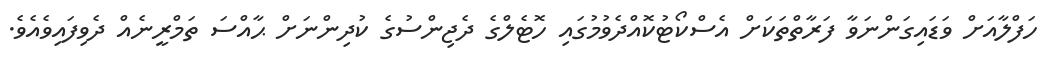
ހަފްލާއަށް ވަޑައިގަންނަވާ ފަރާތްތަކަށް އެސްކޯޓުކޮއްދެވުމުގައި ހޮޓެލްގެ ދެޖިންސުގެ ކުދިންނަށް ޙާއްސަ ތަމްރީނެއް ދެވިފައިވެއެވެ.